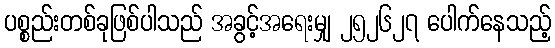
ပစ္စည်းတစ်ခုဖြစ်ပါသည် အခွင့်အရေးမျှ ၂၅၂၆၂၇ ပေါက်နေသည့်